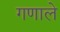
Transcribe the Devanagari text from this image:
गणाले